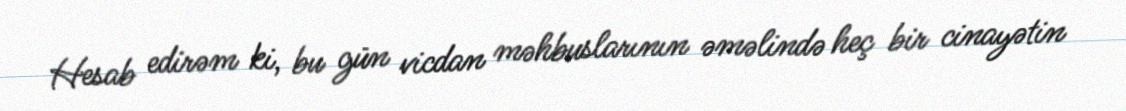
Hesab edirəm ki, bu gün vicdan məhbuslarının əməlində heç bir cinayətin